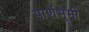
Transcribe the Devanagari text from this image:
पार्शभूमी